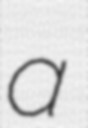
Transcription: a